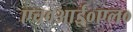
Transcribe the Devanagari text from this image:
एच०आई०एल०